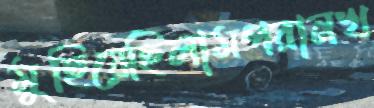
মুছিয়েছিলামপরানখ